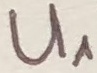
Text: U1